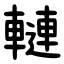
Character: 轋